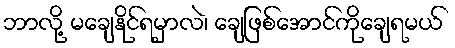
ဘာလို့ မချေနိုင်ရမှာလဲ၊ ချေဖြစ်အောင်ကိုချေရမယ်